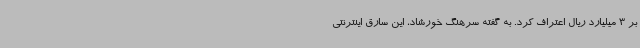
بر 3 میلیارد ریال اعتراف کرد. به گفته سرهنگ خورشاد، این سارق اینترنتی